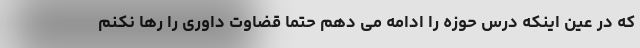
که در عین اینکه درس حوزه را ادامه می دهم حتما قضاوت داوری را رها نکنم